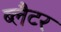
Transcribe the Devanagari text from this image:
ब्लैटर